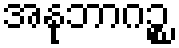
အနုဘာဂဉ္စ